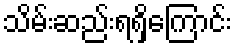
သိမ်းဆည်းရရှိကြောင်း